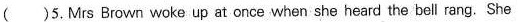
( )5.Mrs Brown woke up at once when she heard the bell rang. She